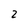
Character: 2